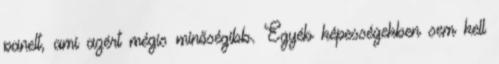
panelt, ami azért mégis minőségibb. Egyéb képességekben sem kell